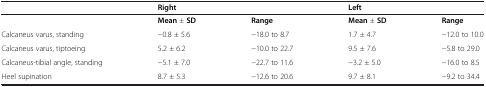
<table><thead><tr><td><b> </b></td><td colspan="2"><b>Right</b></td><td colspan="2"><b>Left</b></td></tr></thead><tbody><tr><td> </td><td><b>Mean</b> ± <b>SD</b></td><td><b>Range</b></td><td><b>Mean</b> ± <b>SD</b></td><td><b>Range</b></td></tr><tr><td>Calcaneus varus, standing</td><td>−0.8 ± 5.6</td><td>−18.0 to 8.7</td><td>1.7 ± 4.7</td><td>−12.0 to 10.0</td></tr><tr><td>Calcaneus varus, tiptoeing</td><td>5.2 ± 6.2</td><td>−10.0 to 22.7</td><td>9.5 ± 7.6</td><td>−5.8 to 29.0</td></tr><tr><td>Calcaneus-tibial angle, standing</td><td>−5.1 ± 7.0</td><td>−22.7 to 11.6</td><td>−3.2 ± 5.0</td><td>−16.0 to 8.5</td></tr><tr><td>Heel supination</td><td>8.7 ± 5.3</td><td>−12.6 to 20.6</td><td>9.7 ± 8.1</td><td>−9.2 to 34.4</td></tr></tbody></table>